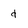
Character: d